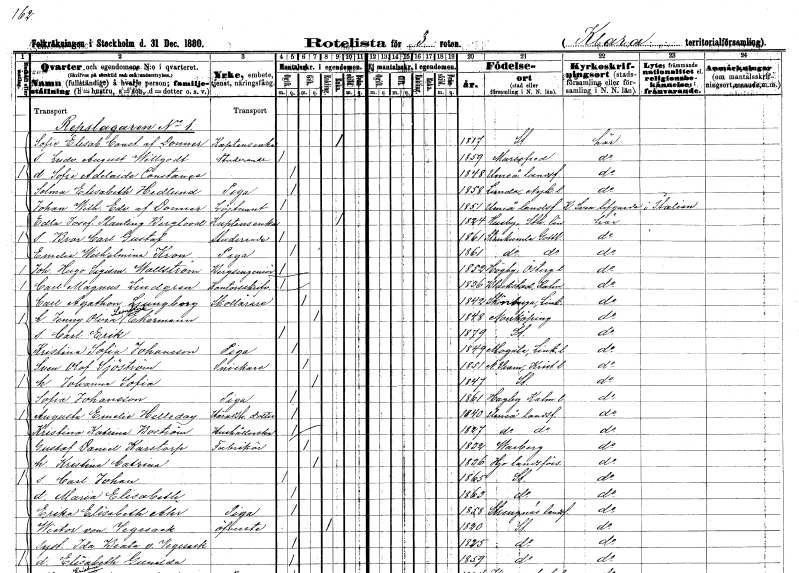
gt_parse: households: individuals: FN: Sofia Elisabet Constantina
EN: af Donner
YRKE: Kaptensänka
KON: K
CIV: E
FODAR: 1817
FODFORS: Stockholm
FN: Ludvig August Willgodt
YRKE: Studerande
KON: M
CIV: O
FODAR: 1859
FODFORS: Mariefred Södermanlands län
FN: Sofia Adelaide Constance
KON: K
CIV: O
FODAR: 1848
FODFORS: Umeå landsförsamling Västerbottens län
FN: Selma Elisabeth
EN: Hedlund
YRKE: Piga
KON: K
CIV: O
FODAR: 1858
FODFORS: Lunda Södermanlands län
FN: Johan Wilhelm Edvard
EN: af Donner
YRKE: Löjtnant
KON: M
CIV: O
FODAR: 1851
FODFORS: Umeå landsförsamling Västerbottens län
FN: Edla Josefina
EN: Planting Berglood
YRKE: Kaptensänka
KON: K
CIV: E
FODAR: 1824
FODFORS: Husby Stockholms län
FN: Bror Carl Gustaf
YRKE: Studerande
KON: M
CIV: O
FODAR: 1861
FODFORS: Stenkumla Gotlands län
FN: Emelie Wilhelmina
EN: Kron
YRKE: Piga
KON: K
CIV: O
FODAR: 1861
FODFORS: Stenkumla Gotlands län
FN: Johan Hugo Sigismund
EN: Wallström
YRKE: Bergsingenjör
KON: M
CIV: O
FODAR: 1852
FODFORS: Högby Östergötlands län
FN: Carl Magnus
EN: Lindgren
YRKE: Kontorsskrivare
KON: M
CIV: O
FODAR: 1836
FODFORS: Blackstad Kalmar län
FN: Carl Agathon
EN: Ljungborg
YRKE: Skollärare
KON: M
CIV: G
FODAR: 1842
FODFORS: Skönberga Östergötlands län
FN: Jenny Olivia Leontina
EN: Ekerman
KON: K
CIV: G
FODAR: 1848
FODFORS: Norrköping Östergötlands län
FN: Carl Erik
KON: M
CIV: O
FODAR: 1879
FODFORS: Stockholm
FN: Kristina Sofia
EN: Johansson
YRKE: Piga
KON: K
CIV: O
FODAR: 1849
FODFORS: Mogata Östergötlands län
FN: Sven Olof
EN: Sjöström
YRKE: Snickare
KON: M
CIV: G
FODAR: 1851
FODFORS: Norra Vram Malmöhus län
FN: Johanna Sofia
KON: K
CIV: G
FODAR: 1847
FODFORS: Stockholm
FN: Sofia
EN: Johansson
YRKE: Piga
KON: K
CIV: O
FODAR: 1861
FODFORS: Hagby Kalmar län
FN: Augusta Emelie
EN: Helleday
YRKE: Häradsh.dotter
KON: K
CIV: O
FODAR: 1840
FODFORS: Umeå landsförsamling Västerbottens län
FN: Kristina Katrina
EN: Boström
YRKE: Hushållerska
KON: K
CIV: O
FODAR: 1827
FODFORS: Umeå landsförsamling Västerbottens län
FN: Gustaf Daniel
EN: Karstorp
YRKE: Fabrikör
KON: M
CIV: G
FODAR: 1832
FODFORS: Varberg Hallands län
FN: Kristina Catrina
KON: K
CIV: G
FODAR: 1836
FODFORS: Hjo landsförsamling Skaraborgs län
FN: Carl Johan
KON: M
CIV: O
FODAR: 1865
FODFORS: Stockholm
FN: Maria Elisabeth
KON: K
CIV: O
FODAR: 1863
FODFORS: Stockholm
FN: Erika Elisabeth
EN: Åhr
YRKE: Piga
KON: K
CIV: O
FODAR: 1858
FODFORS: Strängnäs landsförsamling Södermanlands län
FN: Wictor
EN: von Vegesack
YRKE: Överste
KON: M
CIV: E
FODAR: 1820
FODFORS: Stockholm
FN: Ida Beata
EN: v. Vegesack
KON: K
CIV: O
FODAR: 1825
FODFORS: Stockholm
FN: Elisabeth Gunilda
KON: K
CIV: O
FODAR: 1859
FODFORS: Stockholm